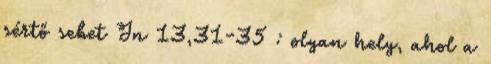
sértő sebet Jn 13,31-35 : olyan hely, ahol a